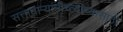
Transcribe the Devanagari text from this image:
सत्ताधार्‍यांनीच्त्यांच्यासाठी